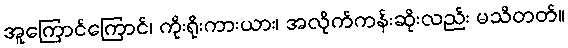
အူကြောင်ကြောင်၊ ကိုးရိုးကားယား၊ အလိုက်ကန်းဆိုးလည်း မသိတတ်။